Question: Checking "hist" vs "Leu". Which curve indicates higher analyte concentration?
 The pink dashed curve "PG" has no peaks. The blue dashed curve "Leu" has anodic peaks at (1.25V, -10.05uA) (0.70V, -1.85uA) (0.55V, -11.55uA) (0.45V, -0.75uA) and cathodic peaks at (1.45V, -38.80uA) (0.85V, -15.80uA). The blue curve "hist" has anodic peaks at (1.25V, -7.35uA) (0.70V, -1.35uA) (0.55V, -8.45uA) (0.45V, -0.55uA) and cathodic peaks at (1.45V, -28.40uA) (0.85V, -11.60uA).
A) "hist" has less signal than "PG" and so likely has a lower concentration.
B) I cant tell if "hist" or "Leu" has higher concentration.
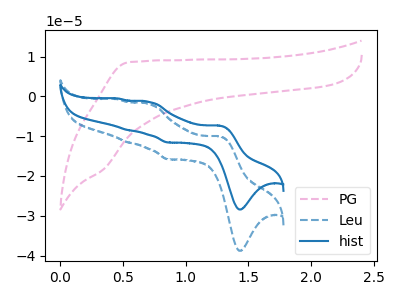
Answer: <think>All the peaks in "hist" have a peak in "Leu" at the same potential.
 </think>
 <answer>B) I cant tell if "hist" or "Leu" has higher concentration.</answer>
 <eval>B</eval>